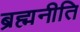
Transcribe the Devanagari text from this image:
ब्रह्मनीति